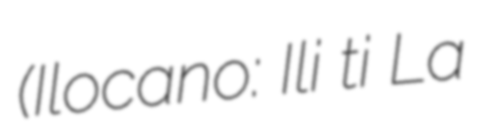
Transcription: (Ilocano: Ili ti La